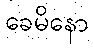
ခေမိနော